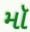
મૉ